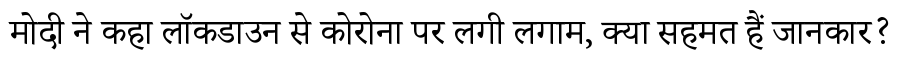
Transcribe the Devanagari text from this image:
मोदी ने कहा लॉकडाउन से कोरोना पर लगी लगाम, क्या सहमत हैं जानकार?